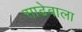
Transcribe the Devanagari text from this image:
साढेवाला